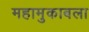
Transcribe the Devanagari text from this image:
महामुकाबला